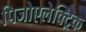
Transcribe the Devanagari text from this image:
पिजोएलेक्ट्रिक